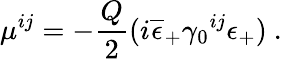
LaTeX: \mu^{ij}=-{\frac{Q}{2}}(i\overline{{{\epsilon}}}_{+}\gamma_{0}{}^{ij}\epsilon_{+})\ .